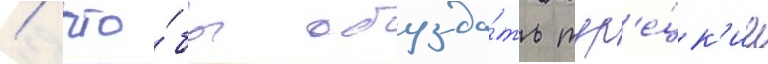
/ что́бы обузда́ть тур'е́цк'ие